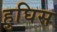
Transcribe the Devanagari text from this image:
हुघिस